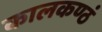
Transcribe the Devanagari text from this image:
कालकण्ठं